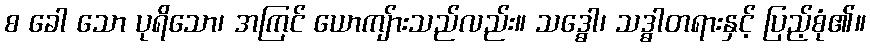
စ ခေါ သော ပုရိသော၊ အကြင် ယောကျ်ားသည်လည်း။ သဒ္ဓေါ၊ သဒ္ဓါတရားနှင့် ပြည့်စုံ၏။